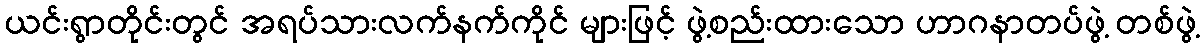
ယင်းရွာတိုင်းတွင် အရပ်သားလက်နက်ကိုင် များဖြင့် ဖွဲ့စည်းထားသော ဟာဂနာတပ်ဖွဲ့ တစ်ဖွဲ့